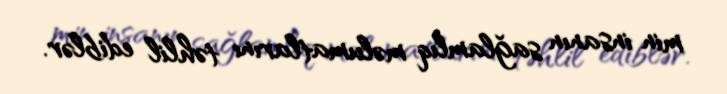
min insanın sağlamlıq məlumatlarını təhlil ediblər.